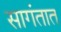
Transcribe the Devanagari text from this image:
सागंतात